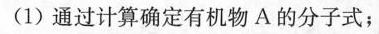
(1)通过计算确定有机物A的分子式；(2)若A可与金属钠反应生成氢气，且A的核磁共振氢谱(1H-NMR)上有2个吸收峰(化学环境不同的氢有两种)，请写出A的结构简式。